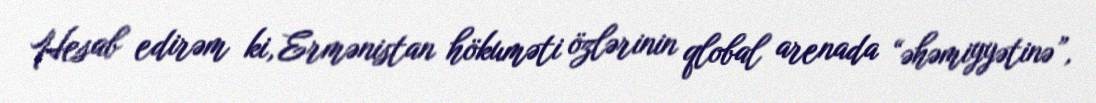
Hesab edirəm ki, Ermənistan hökuməti özlərinin qlobal arenada “əhəmiyyətinə”,